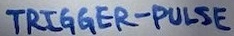
Text: TRIGGER-PULSE